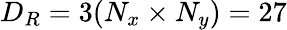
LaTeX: D_{R}=3(N_{x}\times N_{y})=27